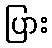
ပြား